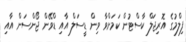
ފިލްމުގެ އޮރިޖަލް ކާސްޓުން ކަމަށްވާ ވިން ޑީސަލް އާއި ޑްވޭން ޖޯންސަން އާއި